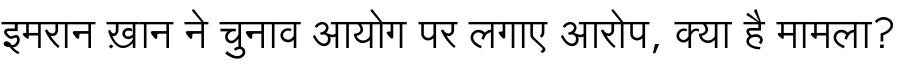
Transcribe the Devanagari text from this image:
इमरान ख़ान ने चुनाव आयोग पर लगाए आरोप, क्या है मामला?